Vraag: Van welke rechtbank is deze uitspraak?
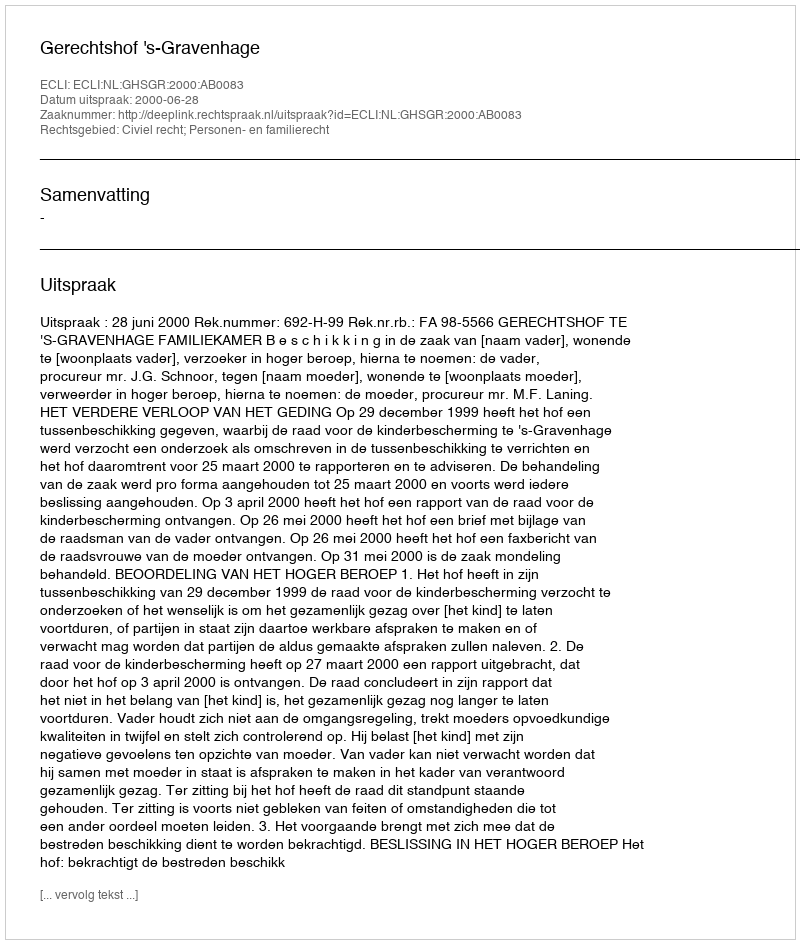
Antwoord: Gerechtshof 's-Gravenhage